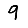
Digit: 9